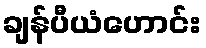
ချန်ပီယံဟောင်း